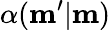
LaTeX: \alpha(\mathbf{m}^{\prime}|\mathbf{m})